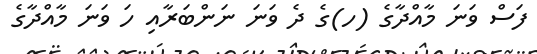
ފަސް ވަނަ މާއްދާގެ (ހ)ގެ ދެ ވަނަ ނަންބަރާއި ހަ ވަނަ މާއްދާގެ